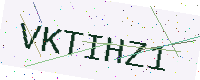
Text: VKTIHZ1